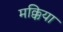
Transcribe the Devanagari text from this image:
मक्किया